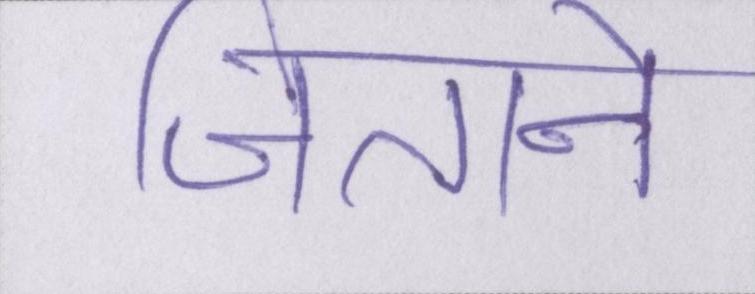
जिताने